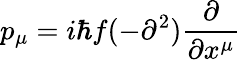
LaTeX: p_{\mu}=i\hbar f(-\partial^{2})\frac{\partial}{\partial x^{\mu}}